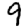
Digit: 9